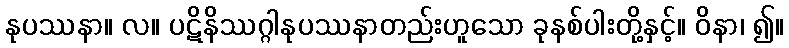
နုပဿနာ။ လ။ ပဋိနိဿဂ္ဂါနုပဿနာတည်းဟူသော ခုနစ်ပါးတို့နှင့်။ ဝိနာ၊ ၍။